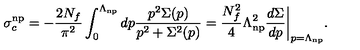
\sigma _ { c } ^ { \mathrm { n p } } = - \frac { 2 N _ { f } } { \pi ^ { 2 } } \int _ { 0 } ^ { \Lambda _ { \mathrm { n p } } } d p \frac { p ^ { 2 } \Sigma ( p ) } { p ^ { 2 } + \Sigma ^ { 2 } ( p ) } = \frac { N _ { f } ^ { 2 } } { 4 } \Lambda _ { \mathrm { n p } } ^ { 2 } \frac { d \Sigma } { d p } \bigg | _ { p = \Lambda _ { \mathrm { n p } } } .